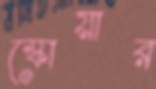
স্কোয়ার